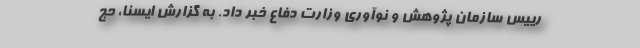
رییس سازمان پژوهش و نوآوری وزارت دفاع خبر داد. به گزارش ایسنا، حج